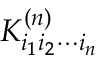
{ K } _ { i _ { 1 } i _ { 2 } \cdots i _ { n } } ^ { ( n ) }